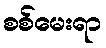
စစ်မေးရာ